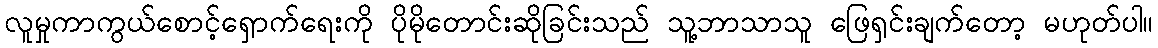
လူမှုကာကွယ်စောင့်ရှောက်ရေးကို ပိုမိုတောင်းဆိုခြင်းသည် သူ့ဘာသာသူ ဖြေရှင်းချက်တော့ မဟုတ်ပါ။